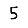
Digit: 5